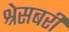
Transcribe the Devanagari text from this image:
श्रेसबरी